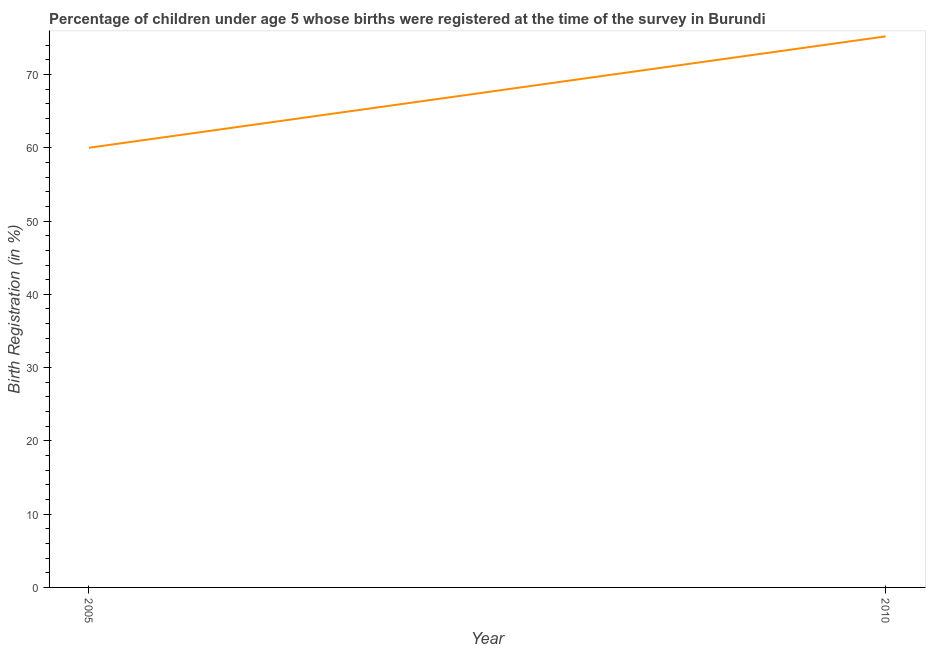
| Year | Birth registration |
 | --- | --- |
 | 2005 | 60 |
 | 2010 | 75.2 |